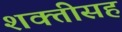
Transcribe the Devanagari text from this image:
शक्तीसह